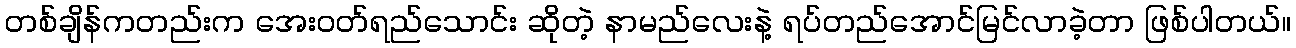
တစ်ချိန်ကတည်းက အေးဝတ်ရည်သောင်း ဆိုတဲ့ နာမည်လေးနဲ့ ရပ်တည်အောင်မြင်လာခဲ့တာ ဖြစ်ပါတယ်။